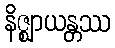
နိဇ္ဈာယန္တဿ